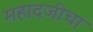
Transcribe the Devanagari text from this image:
महादजीचा